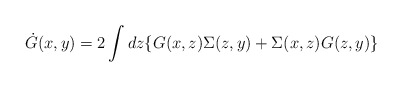
\begin{align*}\dot{G}(x,y) = 2 \int dz \{G(x,z) \Sigma(z,y) + \Sigma (x,z) G(z,y) \}\end{align*}